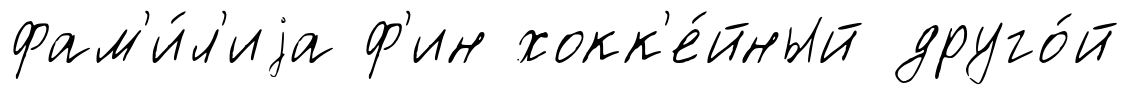
фам'и́л'иjа ф'ин хокк'е́йный друго́й